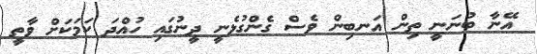
އޭނާ ބުނަނީ ތިން އަނބިން ވެސް ގެންގުޅެނީ ދީނުގައި ހުއްދަ ކަމަކަށް ވާތީ